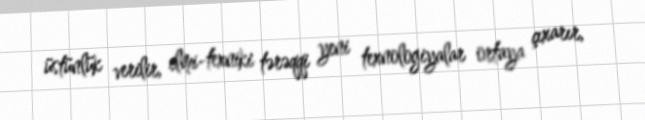
üstünlük verilir, elmi-texniki tərəqqi yeni texnologiyalar ortaya çıxarır,